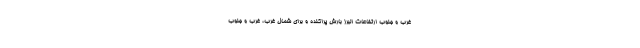
غرب و جنوب ارتفاعات البرز بارش پراکنده و برای شمال غرب، غرب و جنوب